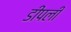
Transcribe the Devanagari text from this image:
डीपली